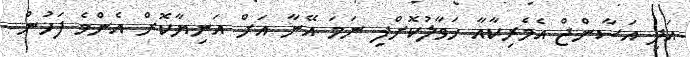
އަދި އަސާންޖް އެމެރިކާއާ ހަވާލުކޮށްފި ނަމަ އޭނާ އަށް އަނިޔާކޮށް އެންމެ ފަހުން